King Institute of Preventive Medicine Micro-Biological Section reports 1912-19
Year: 1912
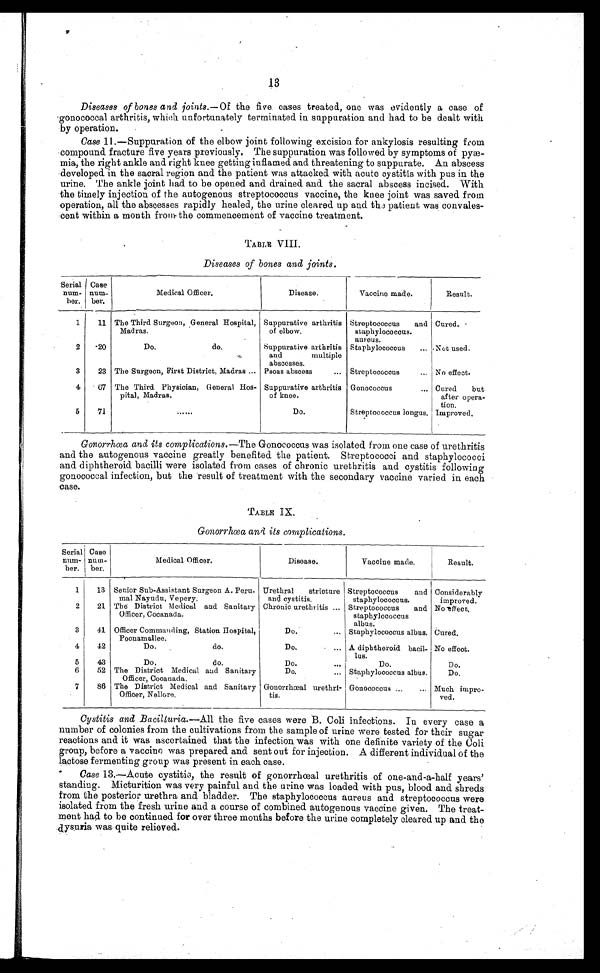
13
Diseases of bones and joints.— Of the five cases treated, one was evidently a case of
gonocpccal arthritis, which unfortunately terminated in suppuration and had to be dealt with
by operation.
Case 11.—Suppuration of the elbow joint following excision for ankylosis resulting from
compound fracture five years previously. The suppuration was followed by symptoms of
p y æ -
mia, the right ankle and right knee getting inflamed and threatening to suppurate. An abscess
developed in the sacral region and the patient was attacked with acute cystitis with pus in the
urine. The ankle joint had to be opened and drained and the sacral abscess incised. With
the timely injection of the autogenous streptococcus vaccine, the knee joint was saved from
operation, all the abscesses rapidly healed, the urine cleared up and the patient was convales
-
cent within a month from the commencement of vaccine treatment.
TABLE VIII.
Diseases of bones and joints.
Serial
num
-ber.
Case
num-
ber.
Medical Officer.
Disease.
Vaccine made.
Result.
1
11 The Third Surgeon, General Hospital,
Madras.
Suppurative arthritis
o f e l b o w .
Streptococcus and
staphylococcus.
aureus.
Cured.
2
20
Do. do.
Suppurative arthritis
and multiple
abscesses.
Staphylococcus . . . Not used.
3
23 The Surgeon, First District, Madras . . . Psoas abscess . . . Streptococcus . . . No effect.
4
6 7 The Third Physician, General Hos
- pital, Madras.
Suppurative arthritis
of knee.
Gonococcus . . . Cured
but
after opera
-tion.
5
71
. . .
Do.
Streptococcus longus. Improved.
Gonorrhœa and its complications.— The Gonococcus was isolated from one case of urethritis
and the autogenous vaccine greatly benefited the patient. Streptococci and staphylococci
and diphtheroid bacilli were isolated from cases of chronic urethritis and cystitis following
gonococcal infection, but the result of treatment with the secondary vaccine varied in each
case.
TABLE IX.
Gonorrhœa and its complications.
Serial
num
-ber.
Case
num-
ber.
Medical Officer.
Disease.
Vaccine made.
Result.
1
13 Senior Sub-Assistant Surgeon A. Peru
- m a l N a y u d u , V e p e r y .
Urethral
stricture
and cystitis.
Streptococcus
and
staphylococcus.
Considerably
improved.
2
21 The District Medical and Sanitary
Officer, Cocanada.
Chronic urethritis . . . Streptococcus
and
staphylococcus
albus.
No effect.
3
41 Officer Commanding, Station Hospital,
Poonamallee.
Do. . . . Staphylococcus albus. Cured.
4
42
Do. do.
Do. . . . A diphtheroid bacil
-lus.
No effect.
5
43
Do. do.
Do. . . .
Do.
Do.
6
52 The District Medical and Sanitary
Officer, Cocanada.
Do. . . . Staphylococcus albus.
Do.
7
86 The District Medical and Sanitary
Officer, Nellore.
Gonorrhœal urethri
-tis.
Gonococcus . . . Much impro
-ved.
Cystitis and Bacilluria.—All the five cases were B. Coli infections. In every case a
number of colonies from the cultivations from the sample of urine were tested for their sugar
reactions and it was ascertained that the infection was with one definite variety of the Coli
group, before a vaccine was prepared and sent out for injection. A different individual of the
lactose fermenting group was present in each case.
Case 13.—Acute cystitis, the result of gonorrhœal urethritis of one-and-a-half years'
standing. Micturition was very painful and the urine was loaded with pus, blood and shreds
from the posterior urethra and bladder. The staphylococcus aureus and streptococcus were
isolated from the fresh urine and a course of combined autogenous vaccine given. The treat
-
ment had to he continued for over three months before the urine completely cleared up and the
dysuria was quite relieved.